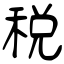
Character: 税